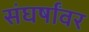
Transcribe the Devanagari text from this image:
संघर्षांवर